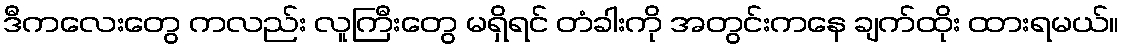
ဒီကလေးတွေ ကလည်း လူကြီးတွေ မရှိရင် တံခါးကို အတွင်းကနေ ချက်ထိုး ထားရမယ်။